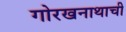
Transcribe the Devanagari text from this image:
गोरखनाथाची